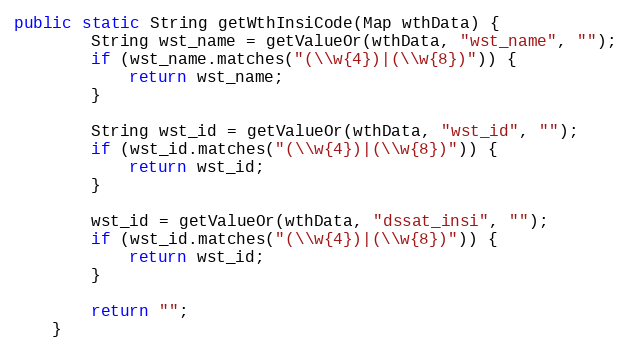
Language: Java
public static String getWthInsiCode(Map wthData) {
        String wst_name = getValueOr(wthData, "wst_name", "");
        if (wst_name.matches("(\\w{4})|(\\w{8})")) {
            return wst_name;
        }

        String wst_id = getValueOr(wthData, "wst_id", "");
        if (wst_id.matches("(\\w{4})|(\\w{8})")) {
            return wst_id;
        }

        wst_id = getValueOr(wthData, "dssat_insi", "");
        if (wst_id.matches("(\\w{4})|(\\w{8})")) {
            return wst_id;
        }

        return "";
    }